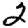
Digit: 2